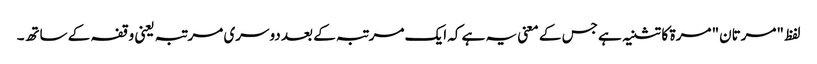
لفظ "مرتان" مرۃ کا تثنیہ ہے جس کے معنی یہ ہے کہ ایک مرتبہ کے بعد دوسری مرتبہ یعنی وقفہ کے ساتھ۔